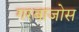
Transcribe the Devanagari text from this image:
गरबाजोस